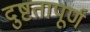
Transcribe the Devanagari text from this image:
दुष्टतापूर्ण